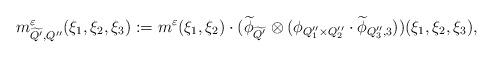
LaTeX: \begin{align*} m^{\varepsilon}_{\widetilde{Q'},Q''}(\xi_{1},\xi_{2},\xi_{3}):=m^{\varepsilon}(\xi_{1},\xi_{2})\cdot (\widetilde{\phi}_{\widetilde{Q'}}\otimes(\phi_{Q''_{1}\times Q''_{2}}\cdot\widetilde{\phi}_{Q''_{3},3}))(\xi_{1},\xi_{2},\xi_{3}),\end{align*}